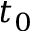
t _ { 0 }